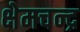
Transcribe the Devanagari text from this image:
क्षेमचन्‍द्र